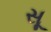
સૂ